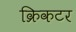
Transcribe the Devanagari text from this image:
क्रिकटर